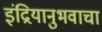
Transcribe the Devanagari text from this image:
इंद्रियानुभवाचा